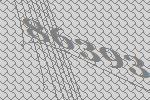
86393